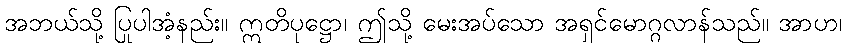
အဘယ်သို့ ပြုပါအံ့နည်း။ ဣတိပုဋ္ဌော၊ ဤသို့ မေးအပ်သော အရှင်မောဂ္ဂလာန်သည်။ အာဟ၊